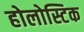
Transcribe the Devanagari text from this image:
होलोस्टिक